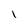
Character: I